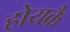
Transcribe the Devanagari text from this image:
होयकै